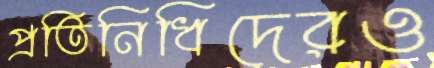
প্রতিনিধিদেরও